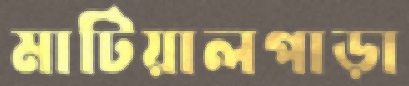
মাটিয়ালপাড়া